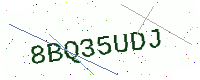
Text: 8BQ35UDJ